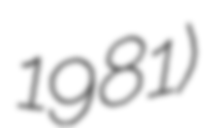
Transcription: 1981)